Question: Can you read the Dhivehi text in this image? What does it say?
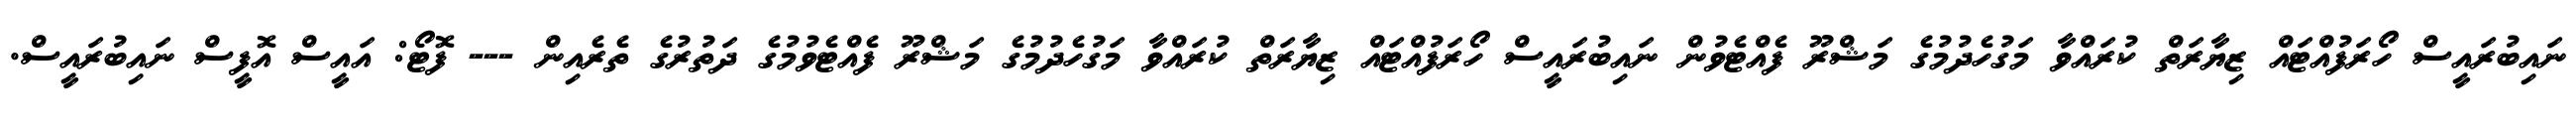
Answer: ނައިބުރައީސް ހޯރަފުއްޓައް ޒިޔާރަތް ކުރައްވާ މަގުހެދުމުގެ މަޝްރޫ ފެއްޓެވުން ނައިބުރައީސް ހޯރަފުއްޓައް ޒިޔާރަތް ކުރައްވާ މަގުހެދުމުގެ މަޝްރޫ ފެއްޓެވުމުގެ ދަތުރުގެ ތެރެއިން --- ފޮޓޯ: އައީސް އޮފީސް ނައިބުރައީސް.